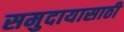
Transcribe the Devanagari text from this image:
समुदायासाठी